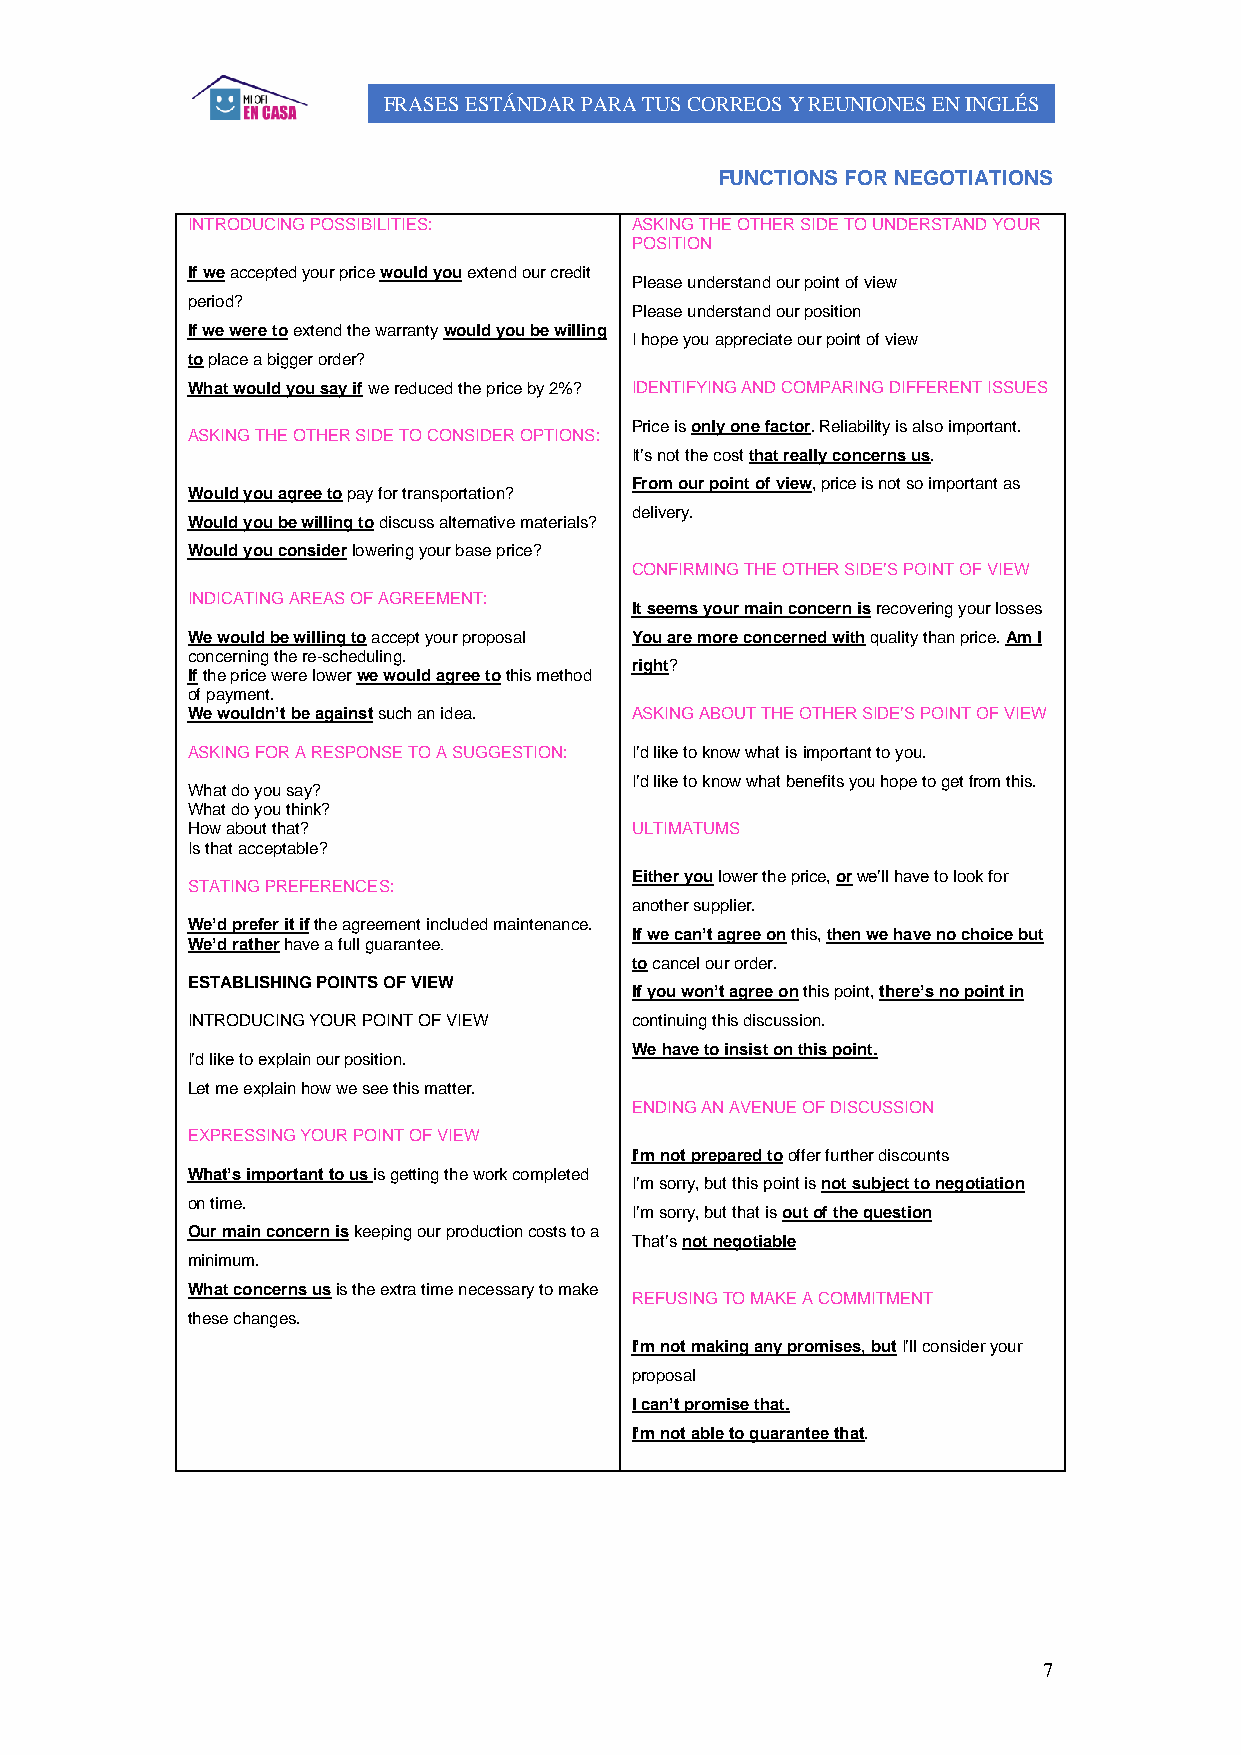
FRASES ESTÁNDAR PARA TUS CORREOS Y REUNIONES EN INGLÉS
 FUNCTIONS FOR NEGOTIATIONS
 INTRODUCING POSSIBILITIES:    ASKING THE OTHER SIDE TO UNDERSTAND YOUR
 POSITION
 If we accepted your price would you extend our credit
 Please understand our point of view
 period?
 Please understand our position
 If we were to extend the warranty would you be willing
 I hope you appreciate our point of view
 to place a bigger order?
 What would you say if we reduced the price by 2%? IDENTIFYING AND COMPARING DIFFERENT ISSUES
 Price is only one factor. Reliability is also important.
 ASKING THE OTHER SIDE TO CONSIDER OPTIONS:
 It’s not the cost that really concerns us.
 From our point of view, price is not so important as
 Would you agree to pay for transportation?
 delivery.
 Would you be willing to discuss alternative materials?
 Would you consider lowering your base price?
 CONFIRMING THE OTHER SIDE’S POINT OF VIEW
 INDICATING AREAS OF AGREEMENT:
 It seems your main concern is recovering your losses
 We would be willing to accept your proposal You are more concerned with quality than price. Am I
 concerning the re-scheduling.
 right?
 If the price were lower we would agree to this method
 of payment.
 We wouldn’t be against such an idea. ASKING ABOUT THE OTHER SIDE’S POINT OF VIEW
 ASKING FOR A RESPONSE TO A SUGGESTION: I’d like to know what is important to you.
 I’d like to know what benefits you hope to get from this.
 What do you say?
 What do you think?
 How about that?               ULTIMATUMS
 Is that acceptable?
 Either you lower the price, or we’ll have to look for
 STATING PREFERENCES:
 another supplier.
 We’d prefer it if the agreement included maintenance.
 If we can’t agree on this, then we have no choice but
 We’d rather have a full guarantee.
 to cancel our order.
 ESTABLISHING POINTS OF VIEW
 If you won’t agree on this point, there’s no point in
 INTRODUCING YOUR POINT OF VIEW continuing this discussion.
 We have to insist on this point.
 I’d like to explain our position.
 Let me explain how we see this matter.
 ENDING AN AVENUE OF DISCUSSION
 EXPRESSING YOUR POINT OF VIEW
 I’m not prepared to offer further discounts
 What’s important to us is getting the work completed
 I’m sorry, but this point is not subject to negotiation
 on time.
 I’m sorry, but that is out of the question
 Our main concern is keeping our production costs to a
 That’s not negotiable
 minimum.
 What concerns us is the extra time necessary to make
 REFUSING TO MAKE A COMMITMENT
 these changes.
 I’m not making any promises, but I’ll consider your
 proposal
 I can’t promise that.
 I’m not able to guarantee that.
 7